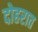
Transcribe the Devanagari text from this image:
दोहरात